Leaving Certificate Examination, 1905
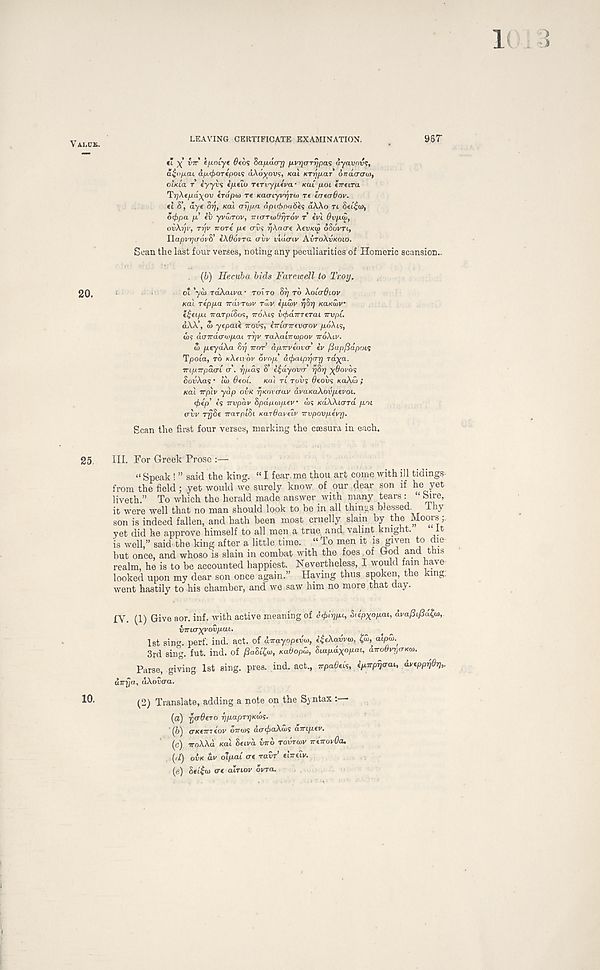
V ALUS.
LEAVING CERTIFICATE EXAMINATION.
96T
*' X V 7r ’ eju-oryt 0«O5 fta/j-acrr] fivqcTTrjpa'; ayavnvs,
5.£O/J.CU afx<t>OTfpoL<; dXd^ovs, xal KTvfiar 6rrdcrcro>,
oiKia T iyyvs t/ieio rc.Tvyp.fva ■ KUI poi tTreira
Tr/Xcp.dx ov (rdpto re icaa-iyvtjro) re trrcaOov.
el S’, aye or), KO! oypj.a ap«bpa6e<; aWo n
ocfrpa p.' eti yvwrov, mxTTwOriTov r evl Ovp.w,
ovXrjv, rr)v 7TOT€ p.c CTV? pkaae XevKw dSoVri,
Ilapvrjtrovd’ eXOovra avv vldaiv AVTOXVKOLO.
Sean the last four verses, noting any peculiarities of Homeric scansion-
(b) Hecuba bids Farewell to Troy.
20.
oi ’70) raXatva ■ TOITO 8^ rd XOLOOLOV
Kal reppa TTIXVTWV rdiv ep.wv r/Br) Kaxwv
e£eip.i 7rarpt8o9, TTOAI? bc^dmerai irvpC.
dAX’, d> yepaie irovg, eiriairtvcrov /xdXts,
(1)9 darrao'ijipai ryv TaXaLTrwpov iroXiv.
di p.eydXa Brj TTOT’ aprVeovcr ev ftup/Sapois
Tpoia, TO xXfu oi' crop aipaiprjcrr) rd^a.
Trtp.Trpacrt IT’, ^/xas 8’ i^dyover r)Br) ^0oi/os
SodAas • ioj
xai TI TOVS 8cov<; AOXOI ;
Kal trp'iv yap OVK fjKovcrav dvaKaXovpevoL.
drep' is nvpav Bpda<j>p.ev (1)9 KdXXiard pot
trw rgSe TrarptSt Kardaveiv rcvpovpevr).
Scan the first four verses, marking the caesura in each.
25
III. For Greek Prose :—
« Speak ! ” said the king. “ I fear, me thou art come with ill tidings-
from the field; yet would we surely know of our dear son if he yet
liveth.” To which the herald made answer with many tears : “ Sire,
it were well that no man should look to be in all things blessed. Thy
son is indeed fallen, and hath been most cruelly slain by the Moors;,
yet did he approve himself to all men a true and, valint knight.
It
is well,” said the king after a little time. _ “ To men it f
ls g i y en
dm
but once, and whoso is slain in combat with the foes ..of God and this
realm, he is to be accounted happiest. Nevertheless, I would fain have
looked upon my dear son once again.!’ Having thus spoken, the king:
went hastily to his chamber, and we saw him no more that day.
IV. (1) Give aor. inf. with active meaning of c^iryu, B>ipXop.ai, avafiipdfa,
VTrujyyovpai.
1st sin", perf. ind. act. of d-irayoptvo), i^eXavvw,
alpid.
3rd sing. fut. ind. of paBifr, Kabopw, 8tapdx°p<^ aTrodvycTKw.
Parse, giving 1st sing. pres. ind. act., wpaOeis, i^pijaai, dveppijdr)^
airija, aXovaa.
10.
^o) Translate, adding a note on the Syntax
(a) YjO’OeTO ypapryxoK.
(5) (TKCTTI iov G7ro)9 aacfiaXws aTTtpev.
(c) vqXXd Kai Btiv'a inb TOVTOJV rreTrovOa.
(d) OVK dv olpal ere ravr’ elntiv.
(e) 8ei£a> we airiov ovra.